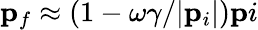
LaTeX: {\mathbf p}_{f}\approx(1-\omega{\gamma}/|{\mathbf p}_{i}|){\mathbf p}i